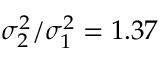
\sigma _ { 2 } ^ { 2 } / \sigma _ { 1 } ^ { 2 } = 1 . 3 7